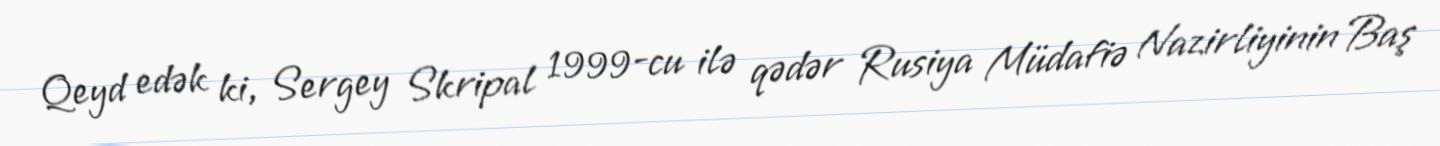
Qeyd edək ki, Sergey Skripal 1999-cu ilə qədər Rusiya Müdafiə Nazirliyinin Baş